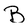
Character: B